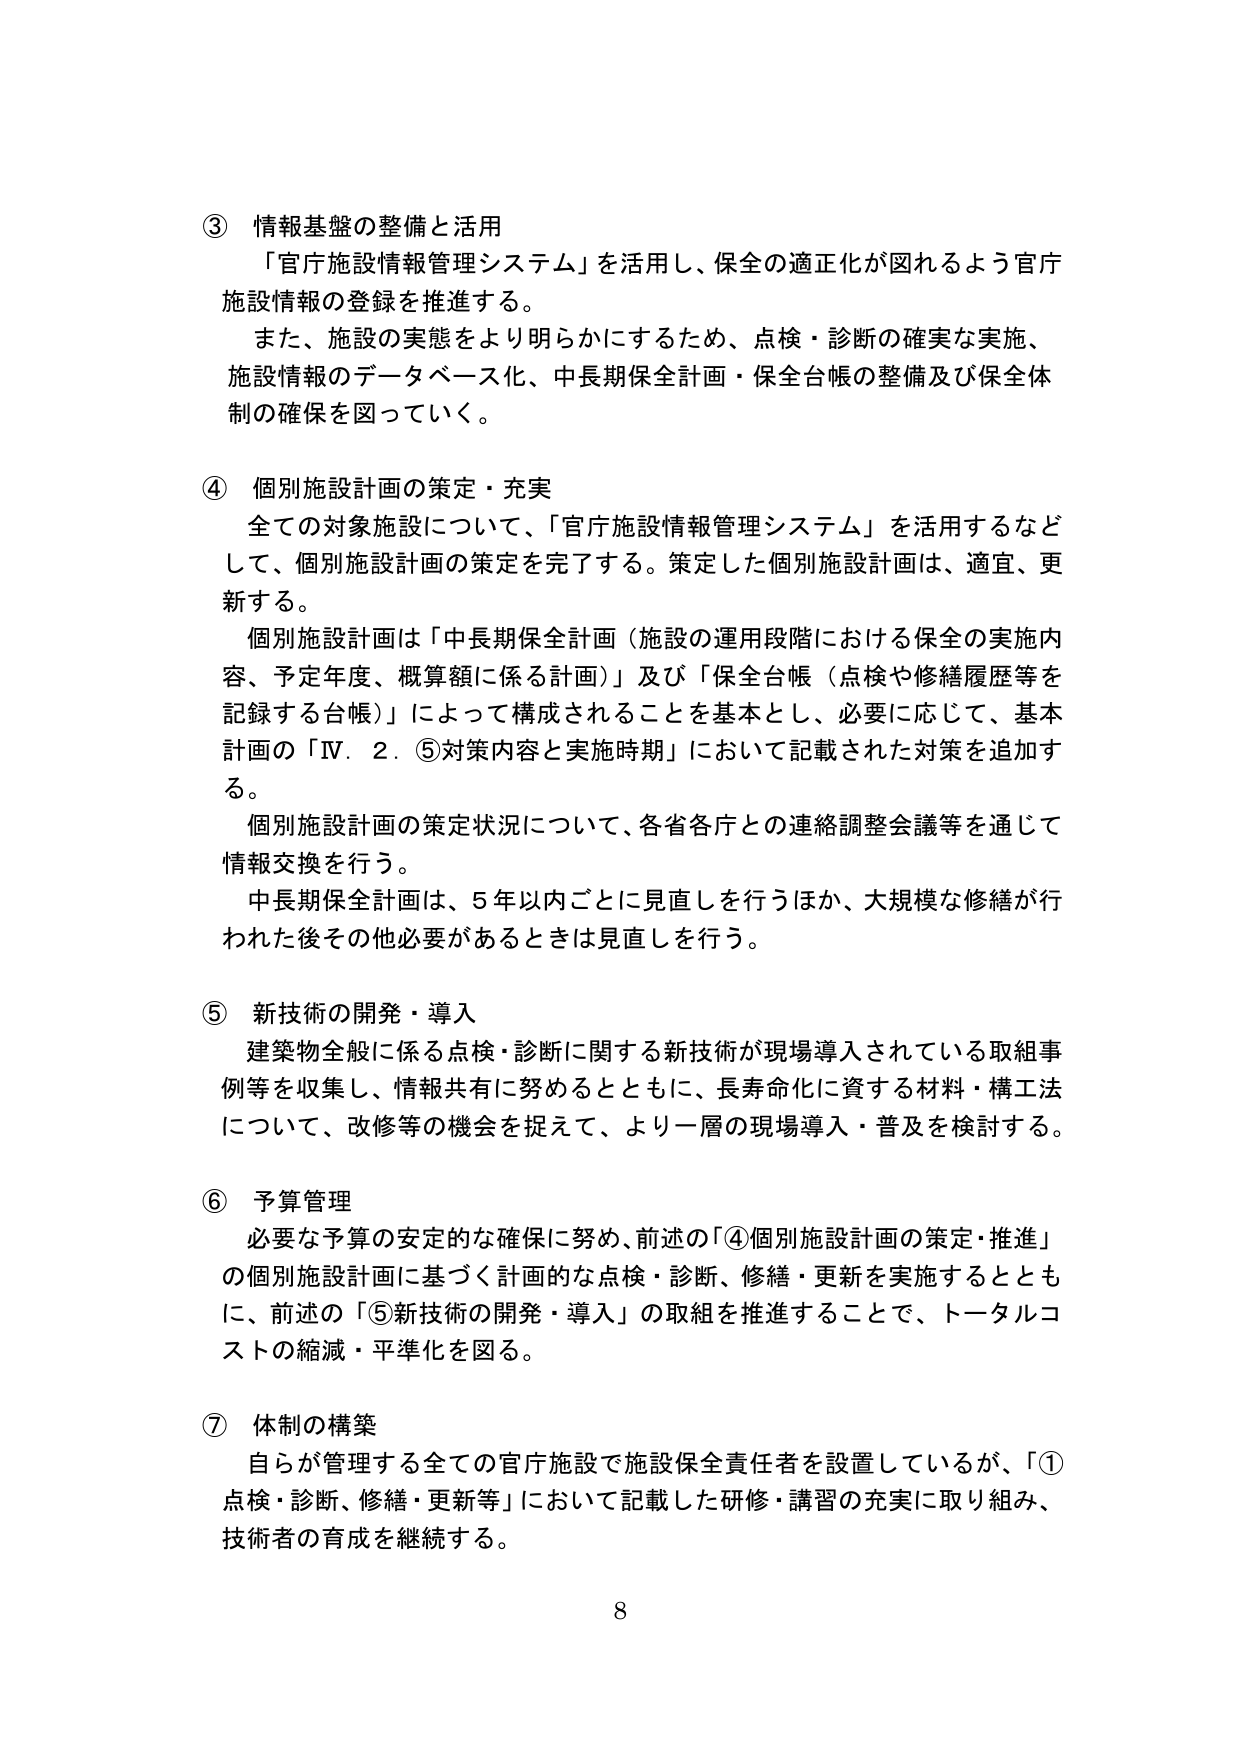
③ 情報基盤の整備と活用
「官庁施設情報管理システム」を活用し、保全の適正化が図れるよう官庁施設情報の登録を推進する。
また、施設の実態をより明らかにするため、点検・診断の確実な実施、施設情報のデータベース化、中長期保全計画・保全台帳の整備及び保全体制の確保を図っていく。

④ 個別施設計画の策定・充実
全ての対象施設について、「官庁施設情報管理システム」を活用するなどして、個別施設計画の策定を完了する。策定した個別施設計画は、適宜、更新する。
個別施設計画は「中長期保全計画（施設の運用段階における保全の実施内容、予定年度、概算額に係る計画）」及び「保全台帳（点検や修繕履歴等を記録する台帳）」によって構成されることを基本とし、必要に応じて、基本計画の「Ⅳ．２．⑤対策内容と実施時期」において記載された対策を追加する。
個別施設計画の策定状況について、各省各庁との連絡調整会議等を通じて情報交換を行う。
中長期保全計画は、5年以内ごとに見直しを行うほか、大規模な修繕が行われた後その他必要があるときは見直しを行う。

⑤ 新技術の開発・導入
建築物全般に係る点検・診断に関する新技術が現場導入されている取組事例等を収集し、情報共有に努めるとともに、長寿命化に資する材料・構工法について、改修等の機会を捉えて、より一層の現場導入・普及を検討する。

⑥ 予算管理
必要な予算の安定的な確保に努め、前述の「④個別施設計画の策定・推進」の個別施設計画に基づく計画的な点検・診断、修繕・更新を実施するとともに、前述の「⑤新技術の開発・導入」の取組を推進することで、トータルコストの縮減・平準化を図る。

⑦ 体制の構築
自らが管理する全ての官庁施設で施設保全責任者を設置しているが、「①点検・診断、修繕・更新等」において記載した研修・講習の充実に取り組み、技術者の育成を継続する。

8